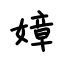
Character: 嫜